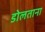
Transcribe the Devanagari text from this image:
डोलताना